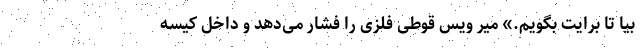
بیا تا برایت بگویم.» میر ویس قوطی فلزی را فشار می‌دهد و داخل کیسه